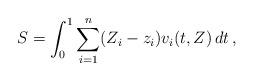
LaTeX: \begin{align*}S = \int_0^1 \sum_{i=1}^n (Z_i-z_i) v_i(t,Z)\, dt\, ,\end{align*}